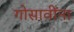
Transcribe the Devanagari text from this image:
गोसावींना